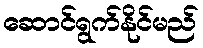
ဆောင်ရွက်နိုင်မည်